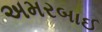
અમરબાઈ